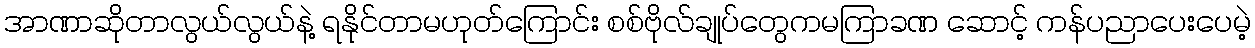
အာဏာဆိုတာလွယ်လွယ်နဲ့ ရနိုင်တာမဟုတ်ကြောင်း စစ်ဗိုလ်ချုပ်တွေကမကြာခဏ ဆောင့် ကန်ပညာပေးပေမဲ့